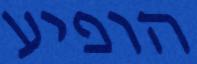
הופיע